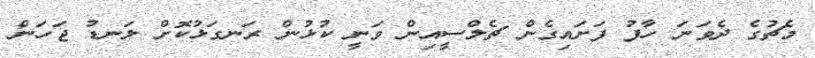
މެޗުގެ ދެވަނަ ހާފު ފަށައިގެން ޗެލްސީއިން ވަނީ ކުޅުން ރަނގަޅުކޮށް ލަނޑު ޖަހަން